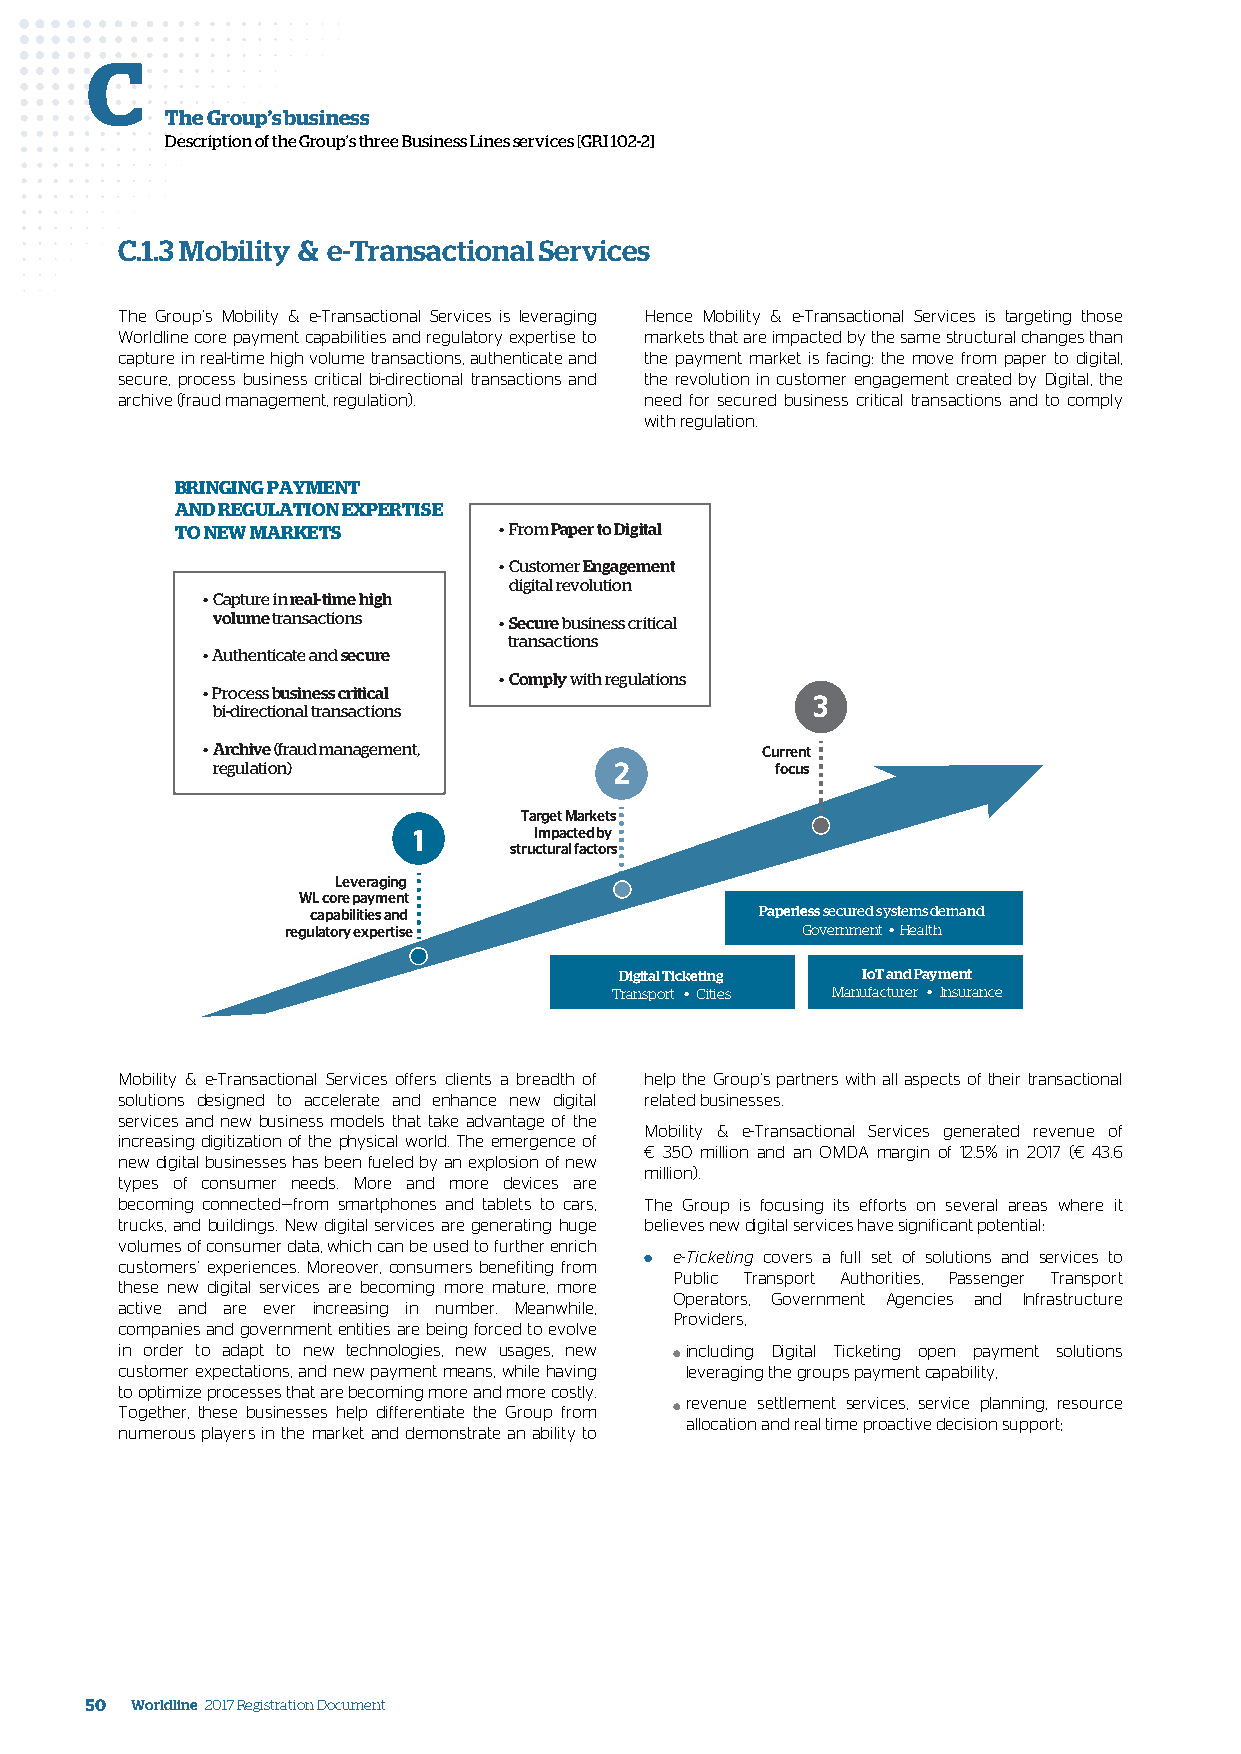
C
 The Group’s business
 Description of the Group’s three Business Lines services [GRI 102-2]
 C.1.3 Mobility & e-Transactional Services
 The Group’s Mobility & e-Transactional Services is leveraging Hence Mobility & e-Transactional Services is targeting those
 Worldline core payment capabilities and regulatory expertise to markets that are impacted by the same structural changes than
 capture in real-time high volume transactions, authenticate and the payment market is facing: the move from paper to digital,
 secure, process business critical bi-directional transactions and the revolution in customer engagement created by Digital, the
 archive (fraud management, regulation). need for secured business critical transactions and to comply
 with regulation.
 BRINGING PAYMENT
 AND REGULATION EXPERTISE
 TO NEW MARKETS       • From Paper to Digital
 • Customer Engagement
 digital revolution
 • Capture in real-time high
 volume transactions • Secure business critical
 transactions
 • Authenticate and secure
 • Comply with regulations
 • Process business critical
 3
 bi-directional transactions
 • Archive (fraud management,         Current
 regulation)                2         focus
 Target Markets
 1       Impacted by
 structural factors
 Leveraging
 WL core payment
 capabilities and             Paperless secured systems demand
 regulatory expertise              Government • Health
 Digital Ticketing IoT and Payment
 Transport • Cities Manufacturer • Insurance
 Mobility & e-Transactional Services offers clients a breadth of help the Group’s partners with all aspects of their transactional
 solutions designed to accelerate and enhance new digital related businesses.
 services and new business models that take advantage of the
 Mobility & e-Transactional Services generated revenue of
 increasing digitization of the physical world. The emergence of
 € 350 million and an OMDA margin of 12.5% in 2017 (€ 43.6
 new digital businesses has been fueled by an explosion of new
 million).
 types of consumer needs. More and more devices are
 becoming connected—from smartphones and tablets to cars, The Group is focusing its efforts on several areas where it
 trucks, and buildings. New digital services are generating huge believes new digital services have significant potential:
 volumes of consumer data, which can be used to further enrich
 customers’ experiences. Moreover, consumers benefiting from ● e-Ticketing covers a full set of solutions and services to
 Public Transport Authorities, Passenger Transport
 these new digital services are becoming more mature, more
 Operators, Government Agencies and Infrastructure
 active and are ever increasing in number. Meanwhile,
 Providers,
 companies and government entities are being forced to evolve
 in order to adapt to new technologies, new usages, new including Digital Ticketing open payment solutions
 ●
 customer expectations, and new payment means, while having leveraging the groups payment capability,
 to optimize processes that are becoming more and more costly.
 revenue settlement services, service planning, resource
 Together, these businesses help differentiate the Group from ●
 allocation and real time proactive decision support;
 numerous players in the market and demonstrate an ability to
 50 Worldline 2017 Registration Document